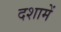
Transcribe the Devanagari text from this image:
दशामें